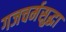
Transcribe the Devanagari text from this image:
गजचर्मसुद्धा